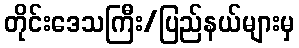
တိုင်းဒေသကြီး/ပြည်နယ်များမှ